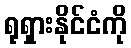
ရုရှားနိုင်ငံကို